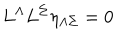
L ^ { \Lambda } L ^ { \Sigma } \eta _ { \Lambda \Sigma } = 0